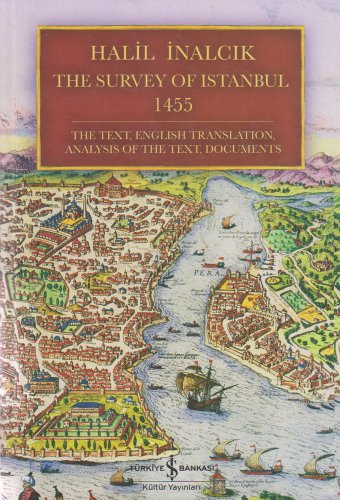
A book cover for The Survey of Istanbul 1455: The Text, English Translation, Analysis of the Text, Documents; Halil Inalcik; History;